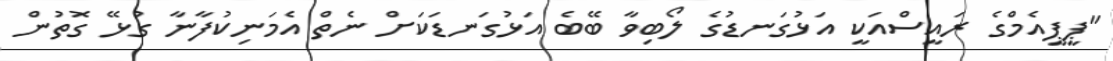
"ޕީޕީއެމްގެ ރައީސްއަކީ އަޅުގަނޑުގެ ލޯބިވާ ބޭބެ އަޅުގަނޑަކަށް ނެތް އެމަނިކުފާނާ ގުޅޭ ގޮތުން